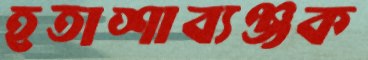
হতাশাব্যঞ্জক